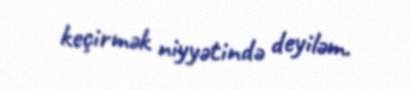
keçirmək niyyətində deyiləm.